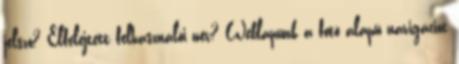
jelszó? Elfelejtett felhasználói név? Weblapunk a fotó alapú navigációt